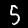
Label: 5